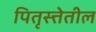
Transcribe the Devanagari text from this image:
पितृस्त्तेतील